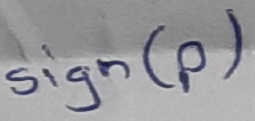
Text: sign(p)